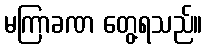
မကြာခဏ တွေ့ရသည်။